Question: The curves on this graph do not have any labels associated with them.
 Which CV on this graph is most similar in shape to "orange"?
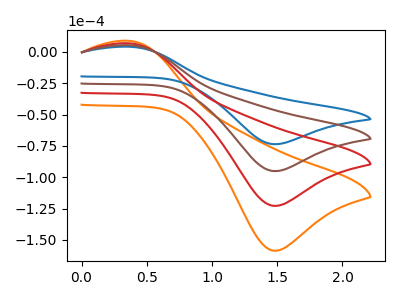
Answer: <think>The orange curve "orange" has an anodic peak at (0.35V, 15.60uA) and a cathodic peak at (1.45V, -285.30uA). The blue curve "blue" has an anodic peak at (0.35V, 4.05uA) and a cathodic peak at (1.45V, -73.65uA). The red curve "red" has an anodic peak at (0.35V, 10.40uA) and a cathodic peak at (1.45V, -190.20uA). The brown curve "brown" has an anodic peak at (0.35V, 5.20uA) and a cathodic peak at (1.45V, -95.10uA).
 All the peaks in "orange" have a peak in "blue" at the same potential. Every peak in "orange" is higher than every peak in "blue". All the peaks in "orange" have a peak in "red" at the same potential. Every peak in "orange" is higher than every peak in "red". All the peaks in "orange" have a peak in "brown" at the same potential. Every peak in "orange" is higher than every peak in "brown". All the peaks in "blue" have a peak in "red" at the same potential. Every peak in "blue" is lower than every peak in "red". All the peaks in "blue" have a peak in "brown" at the same potential. Every peak in "blue" is lower than every peak in "brown". All the peaks in "red" have a peak in "brown" at the same potential. Every peak in "red" is higher than every peak in "brown".</think>
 <answer>"orange", "red" and "brown" have a similar shape to "blue".</answer>
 <eval>"orange" "red" "brown"</eval>